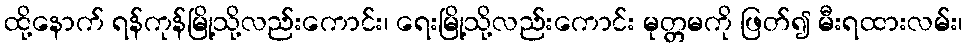
ထို့နောက် ရန်ကုန်မြို့သို့လည်းကောင်း၊ ရေးမြို့သို့လည်းကောင်း မုတ္တမကို ဖြတ်၍ မီးရထားလမ်း၊